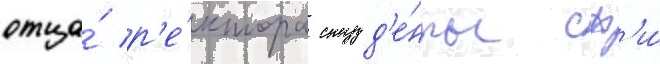
отца́ р'е́ктора студ'е́нты сф'и́